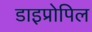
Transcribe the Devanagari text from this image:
डाइप्रोपिल